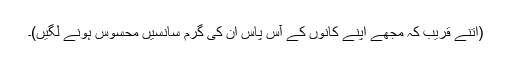
(اتنے قریب کہ مجھے اپنے کانوں کے آس پاس ان کی گرم سانسیں محسوس ہونے لگیں)۔